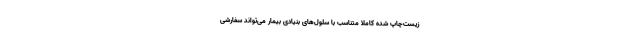
زیست‌چاپ شده کاملاً متناسب با سلول‌های بنیادی بیمار می‌تواند سفارشی